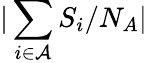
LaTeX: |\sum_{i\in{\cal A}}S_{i}/N_{A}|